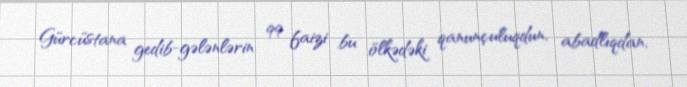
Gürcüstana gedib-gələnlərin 99 faizi bu ölkədəki qanunçuluqdun, abadlıqdan,